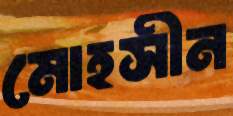
মোহসীন